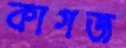
কাগজ